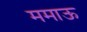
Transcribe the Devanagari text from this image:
ममाऊ